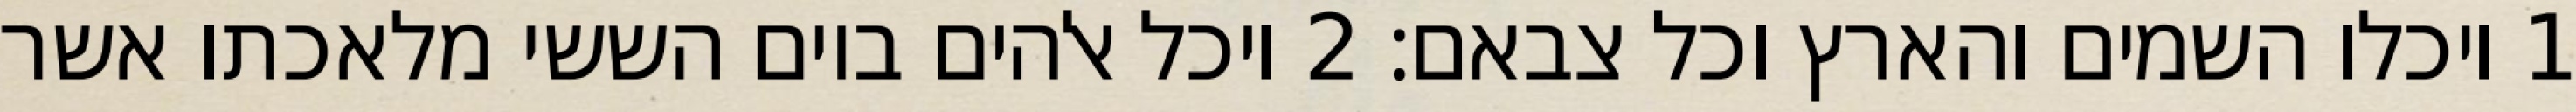
1 ויכלו השמים והארץ וכל צבאם׃ ‎2‏ ויכל אלהים ביום הששי מלאכתו אשר